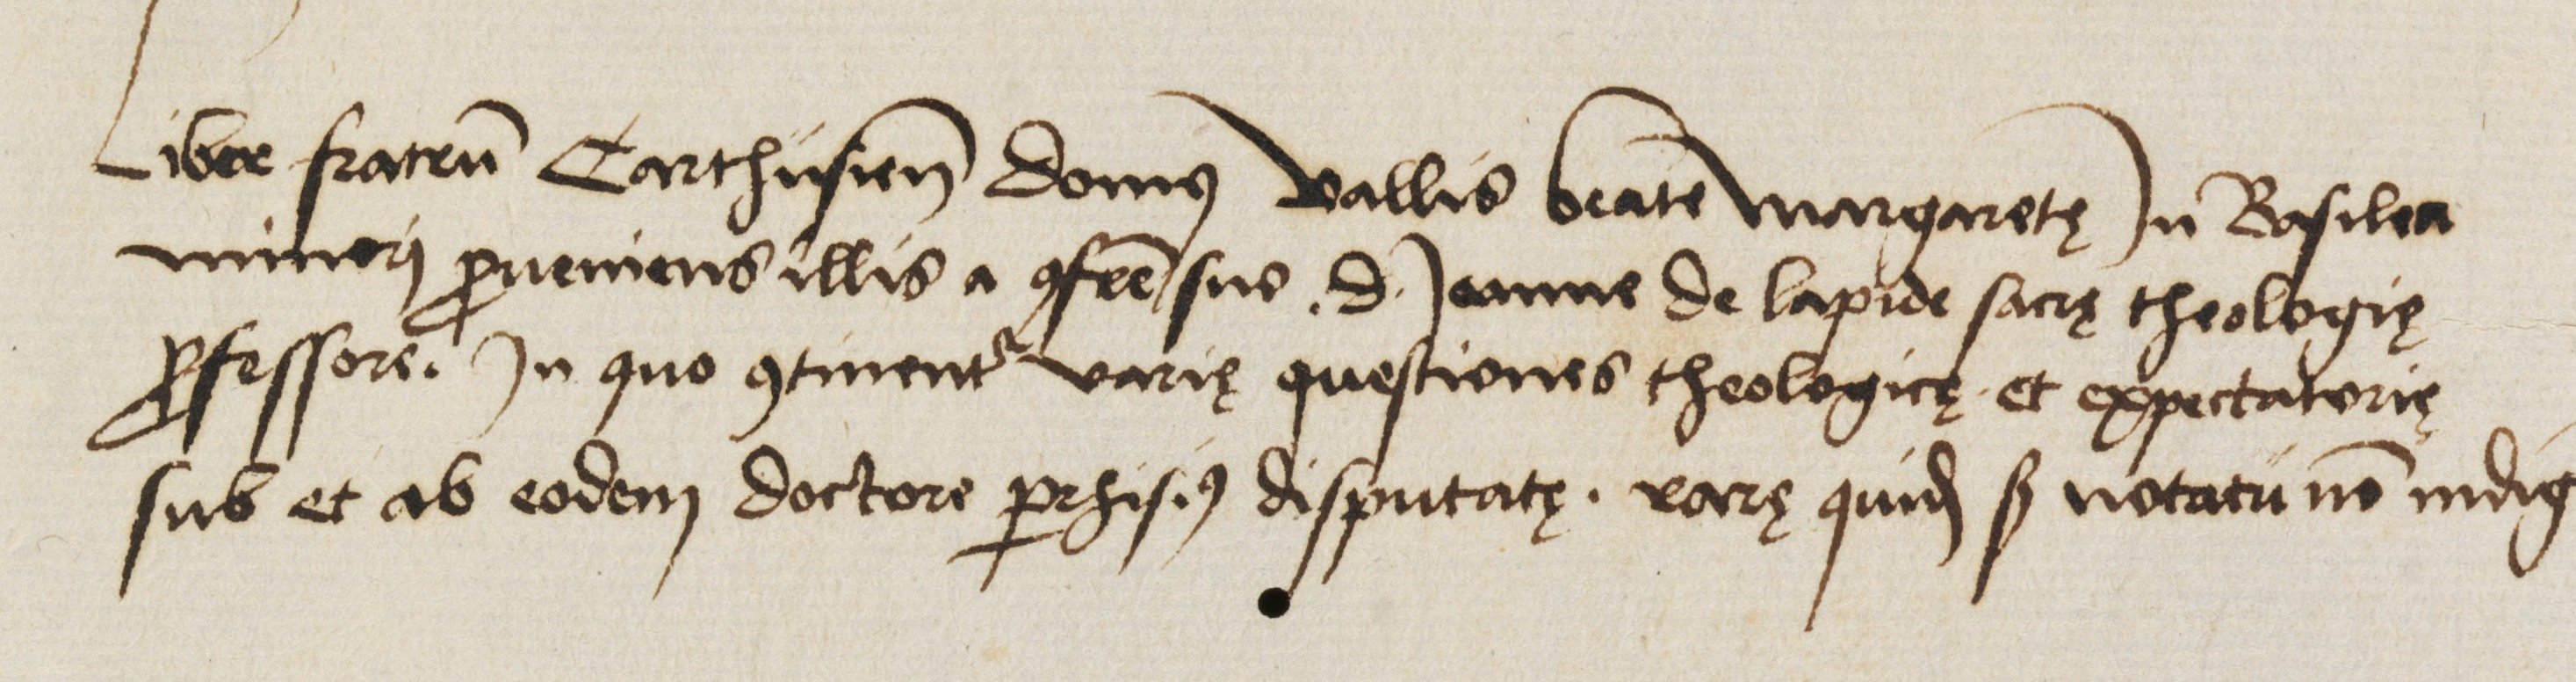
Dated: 1450–1474